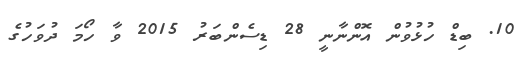
10. ބިޑް ހުޅުވުން އޮންނާނީ 28 ޑިސެންބަރު 2015 ވާ ހޯމަ ދުވަހުގެ